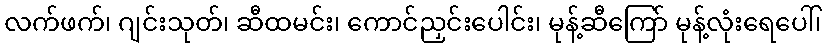
လက်ဖက်၊ ဂျင်းသုတ်၊ ဆီထမင်း၊ ကောင်ညှင်းပေါင်း၊ မုန့်ဆီကြော် မုန့်လုံးရေပေါ်၊